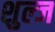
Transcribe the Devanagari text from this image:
शुल्ज